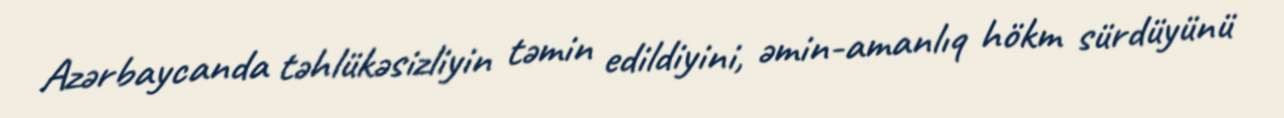
Azərbaycanda təhlükəsizliyin təmin edildiyini, əmin-amanlıq hökm sürdüyünü